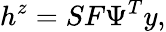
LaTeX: h^{z}=SF\Psi^{T}y,